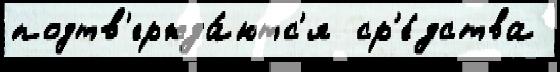
подтв'ержда́ютс'я  ср'е́дства